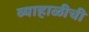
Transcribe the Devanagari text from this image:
व्याहाळीची